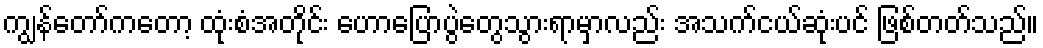
ကျွန်တော်ကတော့ ထုံးစံအတိုင်း ဟောပြောပွဲတွေသွားရာမှာလည်း အသက်ငယ်ဆုံးပင် ဖြစ်တတ်သည်။